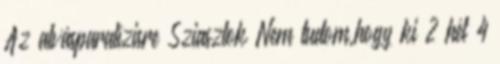
Az alvásparalízisre Sziasztok Nem tudom,hogy ki 2 hét 4